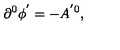
\partial ^ { 0 } \phi ^ { ^ { \prime } } = - A ^ { ^ { \prime } 0 } ,